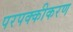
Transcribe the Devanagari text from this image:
परपक्कीकरण